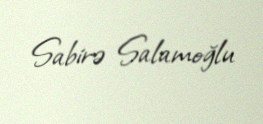
Sabirə Salamoğlu